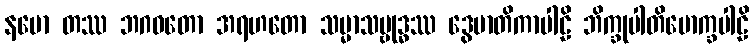
နမော တဿ ဘဂဝတော အရဟတော သမ္မာသမ္ဗုဒ္ဓဿ ဒွေမာတိကာပါဠိ ဘိက္ခုပါတိမောက္ခပါဠိ